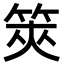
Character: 筴